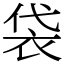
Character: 袋